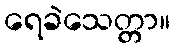
ရေခဲသေတ္တာ။